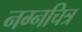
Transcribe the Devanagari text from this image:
नग्नचित्र